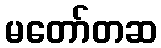
မတော်တဆ